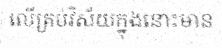
លើគ្រប់វិស័យក្នុងនោះមាន